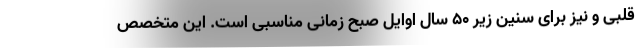
قلبی و نیز برای سنین زیر ۵۰ سال اوایل صبح زمانی مناسبی است. این متخصص